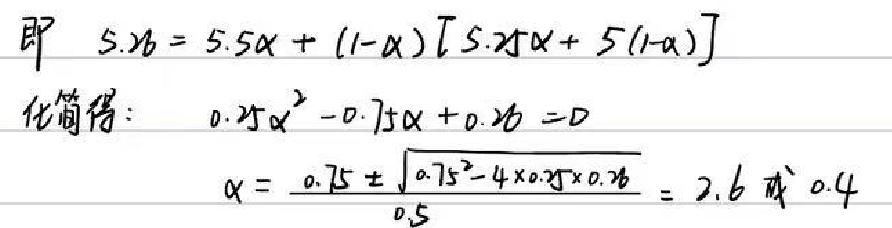
即 \(5.26 = 5.5\alpha+(1 - \alpha)[5.25\alpha + 5(1 - \alpha)]\)
化简得：\(0.25\alpha^{2}-0.75\alpha + 0.26 = 0\)
\(\alpha=\frac{0.75\pm\sqrt{0.75^{2}-4\times0.25\times0.26}}{0.5}=2.6或0.4\)